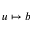
u \mapsto b